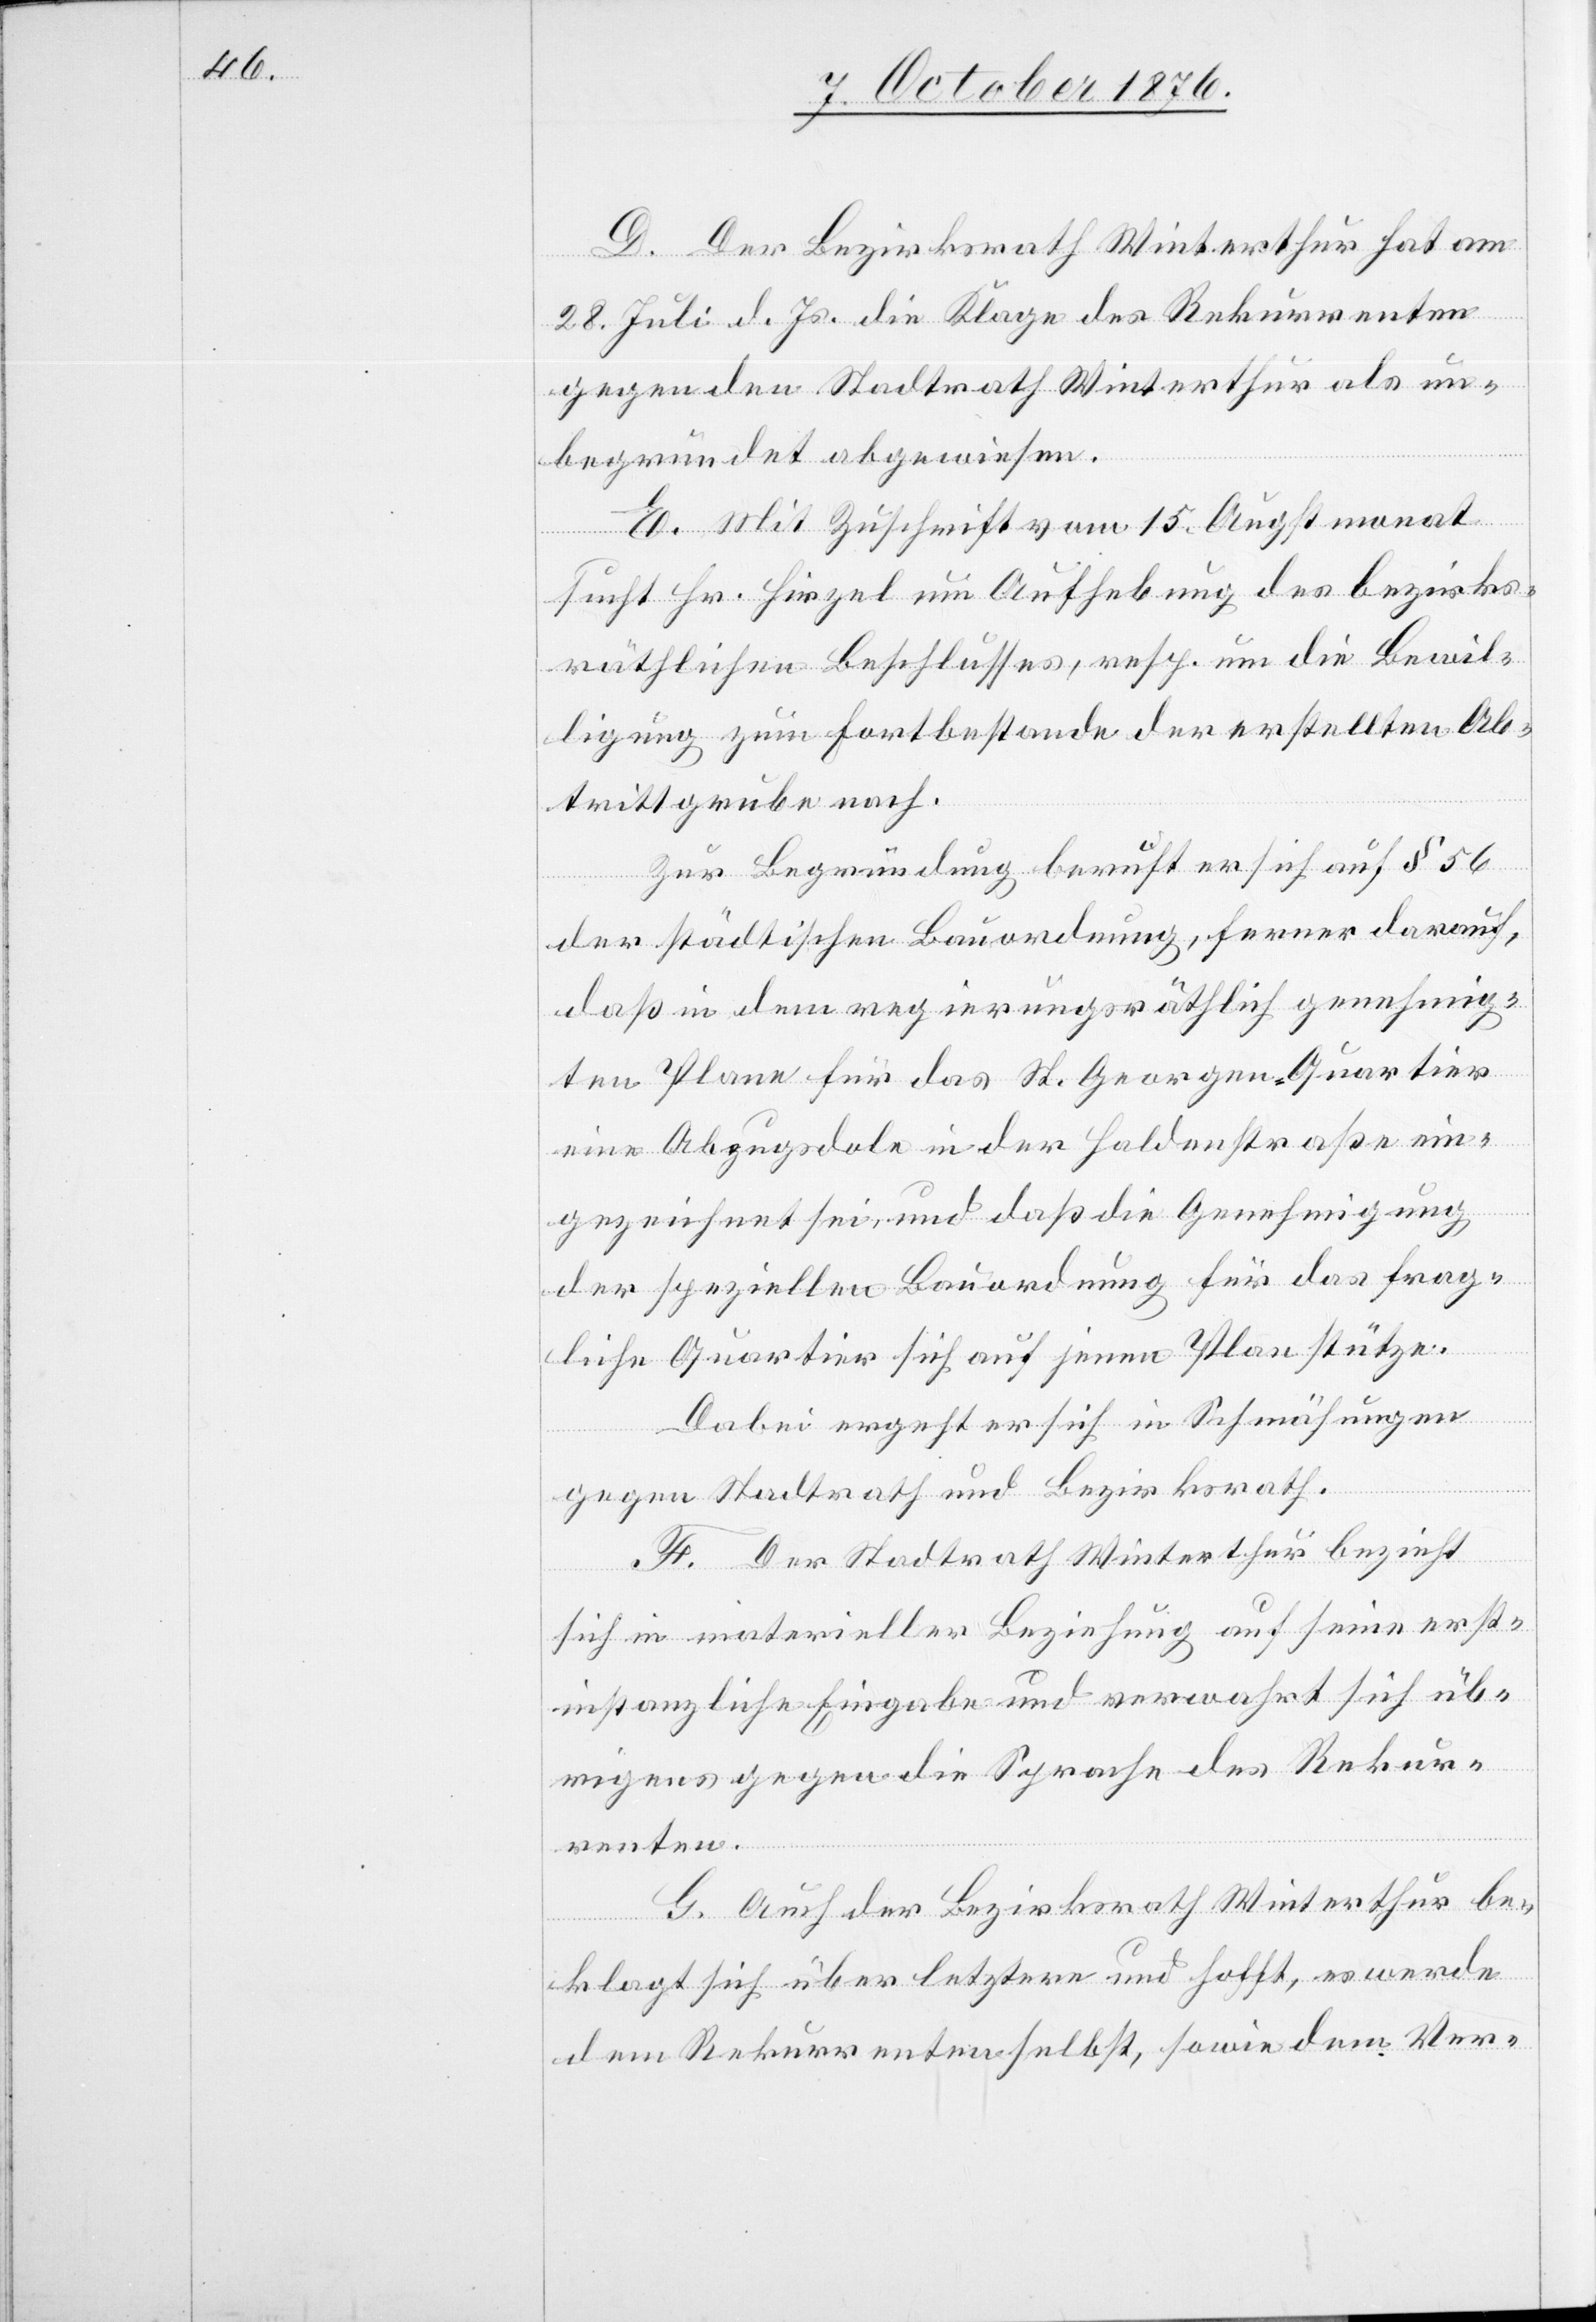
D. Der Bezirksrath Winterthur hat am
28. Juli d. Js. die Klage des Rekurrenten
gegen den Stadtrath Winterthur als un¬
begründet abgewiesen.
E. Mit Zuschrift vom 15. Augstmonat
sucht Hr. Hirzel um Aufhebung des bezirks¬
räthlichen Beschlusses, resp. um die Bewil¬
ligung zum Fortbestande der erstellten Ab¬
trittgrube nach.
Zur Begründung beruft er sich auf § 56
der städtischen Bauordnung, ferner darauf,
daß in dem regierungsräthlich genehmig¬
ten Plane für das St. Georgen-Quartier
eine Abzugsdole in der Haldenstraße ein¬
gezeichnet sei, und daß die Genehmigung
der speziellen Bauordnung für das frag¬
liche Quartier sich auf jenen Plan stütze.
Dabei ergeht er sich in Schmähungen
gegen Stadtrath und Bezirksrath.
F. Der Stadtrath Winterthur bezieht
sich in materieller Beziehung auf seine erst¬
instanzliche Eingabe und verwahrt sich üb¬
rigens gegen die Sprache des Rekur¬
renten.
G. Auch der Bezirksrath Winterthur be¬
klagt sich über letztere und hofft, es werde
dem Rekurrenten selbst, sowie dem Ver-